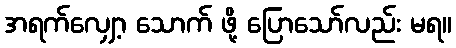
အရက်လျှော့ သောက် ဖို့ ပြောသော်လည်း မရ။